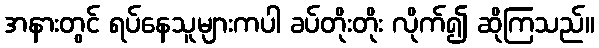
အနားတွင် ရပ်နေသူများကပါ ခပ်တိုးတိုး လိုက်၍ ဆိုကြသည်။